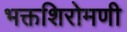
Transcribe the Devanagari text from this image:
भक्तशिरोमणी